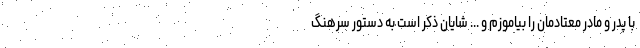
با پدر و مادر معتادمان را بیاموزم و ... شایان ذکر است به دستور سرهنگ